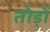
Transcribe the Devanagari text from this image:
तोड़ों